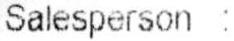
SALESPERSON :